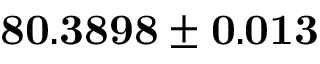
\mathbf { 8 0 . 3 8 9 8 \pm 0 . 0 1 3 }